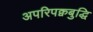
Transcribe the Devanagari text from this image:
अपरिपक्वबुद्धि